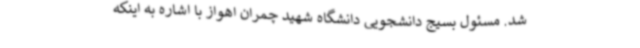
شد. ‌مسئول بسیج دانشجویی دانشگاه شهید چمران اهواز با اشاره به اینکه